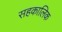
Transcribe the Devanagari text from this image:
सहकालिक